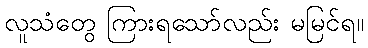
လူသံတွေ ကြားရသော်လည်း မမြင်ရ။